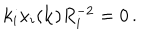
LaTeX: k _ { i } x _ { i } ( { \bf k } ) R _ { i } ^ { - 2 } = 0 \, .